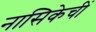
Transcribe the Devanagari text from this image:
नासिकेचीं